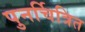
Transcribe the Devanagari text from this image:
पुनर्चित्रित